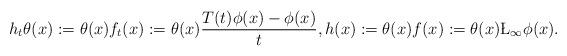
LaTeX: \begin{align*} h_t\theta(x):=\theta(x)f_t(x):=\theta(x)\frac{T(t)\phi(x)-\phi(x)}{t},h(x):=\theta(x)f(x):=\theta(x)\L_{\infty}\phi(x).\end{align*}